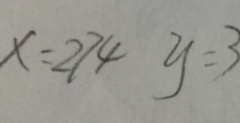
x = 2 7 4 y = 3